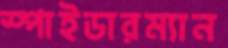
স্পাইডারম্যান